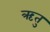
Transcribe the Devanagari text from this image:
ऋतुु